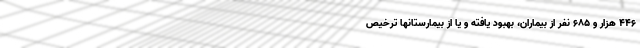
۴۴۶ هزار و ۶۸۵ نفر از بیماران، بهبود یافته و یا از بیمارستانها ترخیص